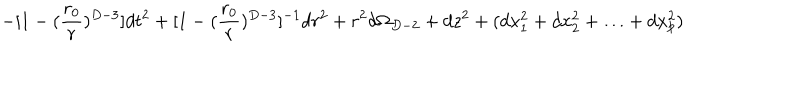
- [ 1 - ( { \frac { r _ { 0 } } { r } } ) ^ { D - 3 } ] d t ^ { 2 } + [ 1 - ( { \frac { r _ { 0 } } { r } } ) ^ { D - 3 } ] ^ { - 1 } d r ^ { 2 } + r ^ { 2 } d \Omega _ { D - 2 } + d z ^ { 2 } + ( d x _ { 1 } ^ { 2 } + d x _ { 2 } ^ { 2 } + \ldots + d x _ { p } ^ { 2 } )